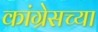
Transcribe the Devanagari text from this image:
कांग्रेसच्या